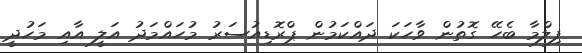
ފިލްމާ ބެހޭ ގޮތުން ވާހަކަ ދައްކަމުން ޕްރޮޑިއުސަރު މުހައްމަދު އަލީ އާއި މަހުދީ